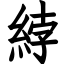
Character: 綍